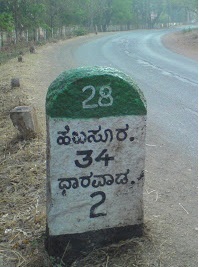
Language: kannada
Transcription: ಹಲಸೂರು. ಧಾರವಾಡ